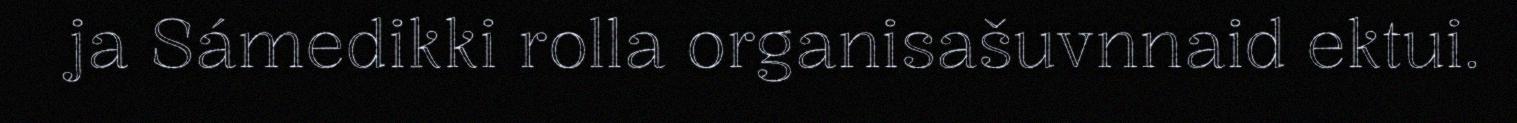
ja Sámedikki rolla organisašuvnnaid ektui.